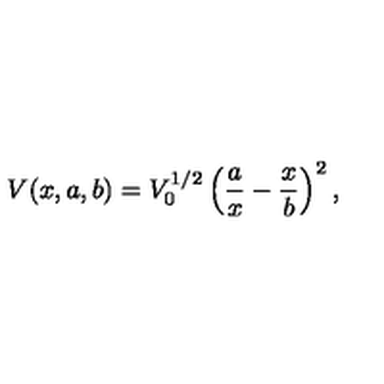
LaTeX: V ( x , a , b ) = V _ { 0 } ^ { 1 / 2 } \left( \frac { a } { x } - \frac { x } { b } \right) ^ { 2 } ,